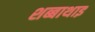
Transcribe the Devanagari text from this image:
शब्बाथाइ